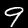
Digit: 9